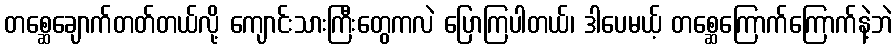
တစ္ဆေချောက်တတ်တယ်လို့ ကျောင်းသားကြီးတွေကလဲ ပြောကြပါတယ်၊ ဒါပေမယ့် တစ္ဆေကြောက်ကြောက်နဲ့ဘဲ